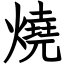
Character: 燒